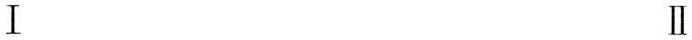
I II